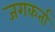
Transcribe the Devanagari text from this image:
जगकर्ता